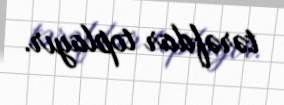
tərəfdar toplayır.